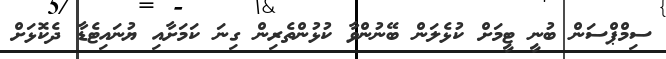
ސިމްޕްސަން ބުނީ ޓީމަށް ކުޅެލަން ބޭނުންވާ ކުޅުންތެރިން ގިނަ ކަމަށާއި ޔުނައިޓެޑާ ދެކޮޅަށް